Plague in India, 1896, 1897 - Volume 2
Year: 1896
Disease focus: Plague
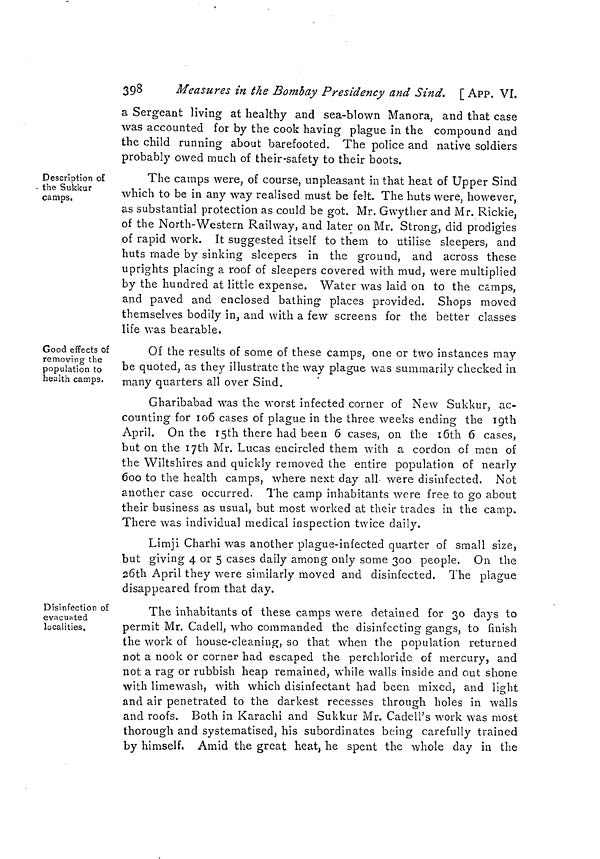
398
Measures in the Bombay Presidency and Sind. [ APP. VI.
a Sergeant living at healthy and sea-blown Manora, and that case
was accounted for by the cook having plague in the compound and
the child running about barefooted. The police and native soldiers
probably owed much of their-safety to their boots.
Description of
. the Sukkur
camps.
The camps were, of course, unpleasant in that heat of Upper Sind
which to be in any way realised must be felt. The huts were, however,
as substantial protection as could be got. Mr. Gwyther and Mr. Rickie,
of the North-Western Railway, and later on Mr. Strong, did prodigies
of rapid work. It suggested itself to them to utilise sleepers, and
huts made by sinking sleepers in the ground, and across these
uprights placing a roof of sleepers covered with mud, were multiplied
by the hundred at little expense. Water was laid on to the camps,
and paved and enclosed bathing places provided. Shops moved
themselves bodily in, and with a few screens for the better classes
life was bearable.
Good effects of
removing the
population to
health camps.
Of the results of some of these camps, one or two instances may
be quoted, as they illustrate the way plague was summarily checked in
many quarters all over Sind.
Gharibabad was the worst infected corner of New Sukkur, ac-
counting for 106 cases of plague in the three weeks ending the 16th
April. On the 15th there had been 6 cases, on the 16th 6 cases,
but on the 17th Mr. Lucas encircled them with a cordon of men of
the Wiltshires and quickly removed the entire population of nearly
600 to the health camps, where next day all were disinfected. Not
another case occurred. The camp inhabitants were free to go about
their business as usual, but most worked at their trades in the camp.
There was individual medical inspection twice daily.
Limji Charhi was another plague-infected quarter of small size,
but giving 4 or 5 cases daily among only some 300 people. On the
26th April they were similarly moved and disinfected. The plague
disappeared from that day.
Disinfection of
evacuated
localities.
The inhabitants of these camps were detained for 30 days to
permit Mr. Cadell, who commanded the disinfecting gangs, to finish
the work of house-cleaning, so that when the population returned
not a nook or corner had escaped the perchloride of mercury, and
not a rag or rubbish heap remained, while walls inside and out shone
with limewash, with which disinfectant had been mixed, and light
and air penetrated to the darkest recesses through holes in walls
and roofs. Both in Karachi and Sukkur Mr. Cadell's work was most
thorough and systematised, his subordinates being carefully trained
by himself. Amid the great heat, he spent the whole day in the